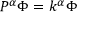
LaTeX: P ^ { \alpha } \Phi = k ^ { \alpha } \Phi